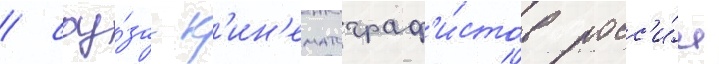
/ соу́за к'ин'ематограф'и́стов росс'и́и